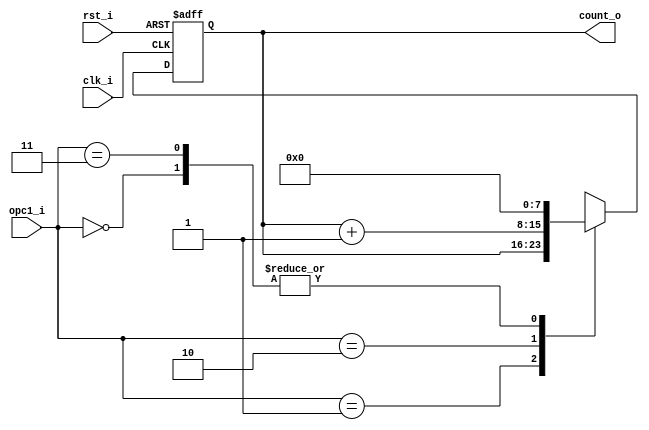
// Name: counter_volts.v
//
// Description: 

module counter_volts #(
  parameter Width = 8
) (
  input              rst_i,
  input              clk_i,
  input        [1:0] opc1_i,
  output [Width-1:0] count_o
);

  reg [Width-1:0] mux_d, reg_q;

  always @(opc1_i, reg_q) begin
    case (opc1_i)
      2'b00   : mux_d = 8'd0;
      2'b01   : mux_d = reg_q;
      2'b10   : mux_d = reg_q + 8'd1;
      //2'b10   : mux_d = reg_q + 12'd819;	  
      2'b11   : mux_d = 0;
      default : mux_d = 0;
    endcase
  end
  
  always @(posedge clk_i, posedge rst_i) begin
    if (rst_i)
      reg_q <= 8'd0;
    else
      reg_q <= mux_d;
  end

  assign count_o = reg_q;
  
endmodule